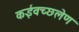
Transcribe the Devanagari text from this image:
कईवच्छलेण